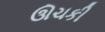
ઊચકી